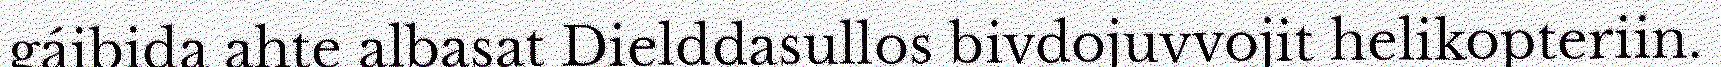
gáibida ahte albasat Dielddasullos bivdojuvvojit helikopteriin.